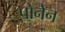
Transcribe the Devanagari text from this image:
पोनेन